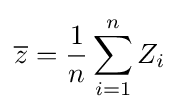
{\overline {z}}={\frac {1}{n}}\sum _{i=1}^{n}Z_{i}